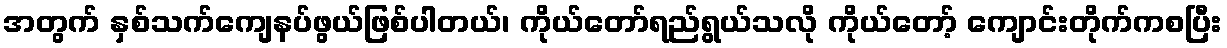
အတွက် နှစ်သက်ကျေနပ်ဖွယ်ဖြစ်ပါတယ်၊ ကိုယ်တော်ရည်ရွယ်သလို ကိုယ်တော့် ကျောင်းတိုက်ကစပြီး